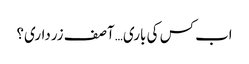
اب کس کی باری… آصف زرداری؟